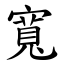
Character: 寬